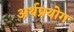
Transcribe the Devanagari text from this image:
अर्थप्रयोग